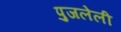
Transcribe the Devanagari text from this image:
पुजलेली